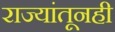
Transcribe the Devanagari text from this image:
राज्यांतूनही